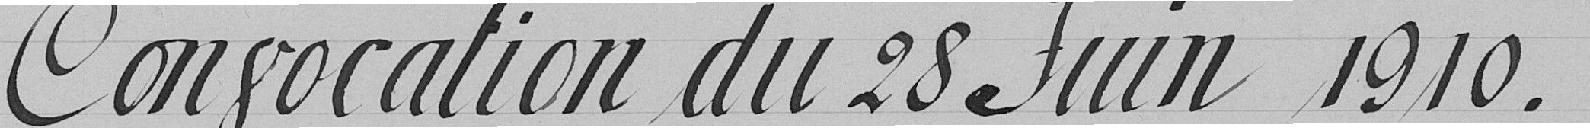
Convocation du 28 Juin 1910.